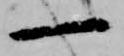
一